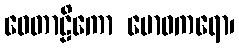
ဝေတာဠိကော ဗောဓကရော၊